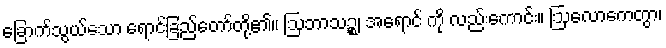
ခြောက်သွယ်သော ရောင်ခြည်တော်တို့၏။ ဩဘာသဉ္စ၊ အရောင် ကို လည်းကောင်း။ ဩလောကေတွာ၊